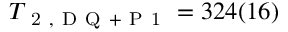
T _ { \mathrm { ~ 2 ~ , ~ D ~ Q ~ + ~ P ~ 1 ~ } } = 3 2 4 ( 1 6 )